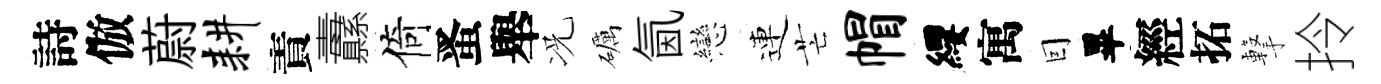
詩倣蔚耕責纛倚󱉠舉况礪氤戀連芒帽纓寓囙畢經拓撃拎